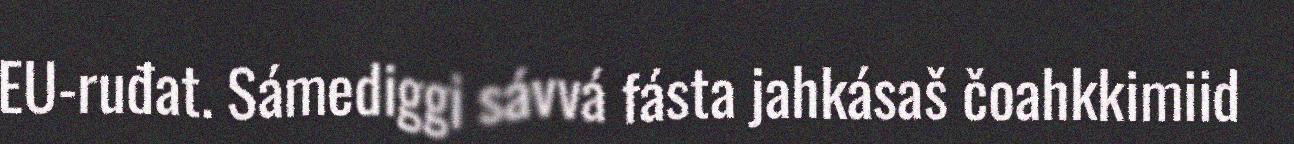
EU-ruđat. Sámediggi sávvá fásta jahkásaš čoahkkimiid